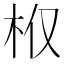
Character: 𣏘